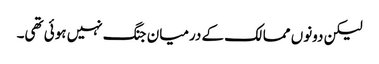
لیکن دونوں ممالک کے درمیان جنگ نہیں ہوئی تھی۔